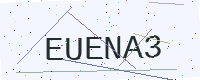
Text: EUENA3